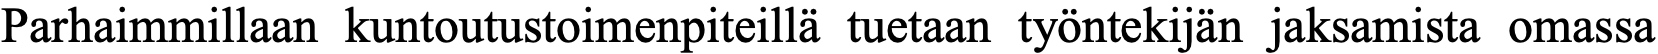
Parhaimmillaan kuntoutustoimenpiteillä tuetaan työntekijän jaksamista omassa